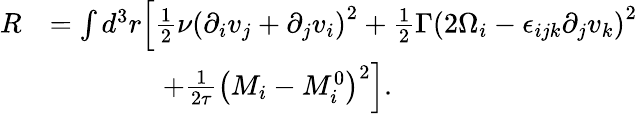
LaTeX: \begin{array}{rl}{R}&{=\int d^{3}r\Big[\frac{1}{2}\nu\left(\partial_{i}v_{j}+\partial_{j}v_{i}\right)^{2}+\frac{1}{2}\Gamma\left(2\Omega_{i}-\epsilon_{ijk}\partial_{j}v_{k}\right)^{2}}\\ &{\quad\quad\quad\quad+\frac{1}{2\tau}\left(M_{i}-M_{i}^{0}\right)^{2}\Big].}\end{array}